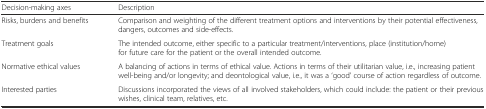
| Decision-making axes | Description |
 | --- | --- |
 | Risks, burdens and benefits | Comparison and weighting of the different treatment options and interventions by their potential effectiveness, dangers, outcomes and side-effects. |
 | Treatment goals | The intended outcome, either specific to a particular treatment/interventions, place (institution/home) for future care for the patient or the overall intended outcome. |
 | Normative ethical values | A balancing of actions in terms of ethical value. Actions in terms of their utilitarian value, i.e., increasing patient well-being and/or longevity; and deontological value, i.e., it was a ‘good’ course of action regardless of outcome. |
 | Interested parties | Discussions incorporated the views of all involved stakeholders, which could include: the patient or their previous wishes, clinical team, relatives, etc. |